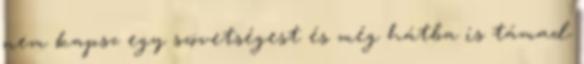
nem kapsz egy szövetségest és még hátba is támad